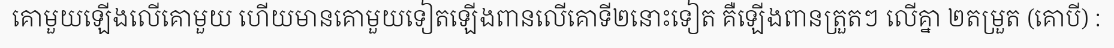
គោមួយឡើងលើគោមួយ ហើយមានគោមួយទៀតឡើងពានលើគោទី២នោះទៀត គឺឡើងពានត្រួតៗ លើគ្នា ២តម្រួត (គោបី) :